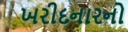
ખરીદનારનો